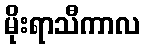
မိုးရာသီကာလ